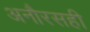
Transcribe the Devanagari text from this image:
अनौरसही